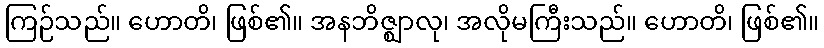
ကြဉ်သည်။ ဟောတိ၊ ဖြစ်၏။ အနဘိဇ္ဈာလု၊ အလိုမကြီးသည်။ ဟောတိ၊ ဖြစ်၏။